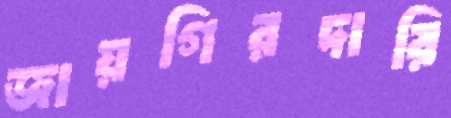
জায়গিরদারি